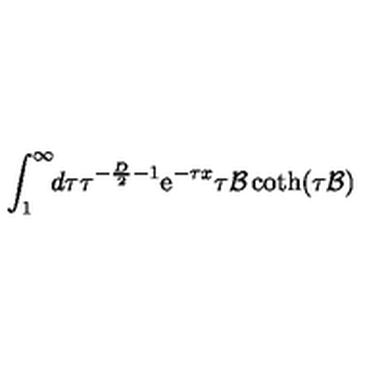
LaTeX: \int _ { 1 } ^ { \infty } \! \! d \tau \tau ^ { - { \frac { D } { 2 } } - 1 } { \mathrm e } ^ { - \tau x } \tau { { \cal B } } \coth ( \tau { { \cal B } } )